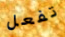
تفعل